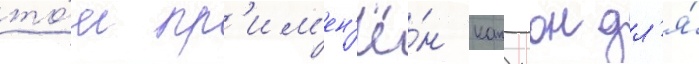
то́м пр'им'ен'ё́н канъон дл'я́